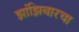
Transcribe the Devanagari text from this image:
झांझिबारचा